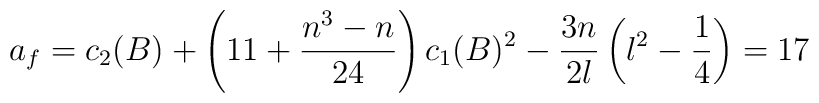
a_f = c_2(B) + \left(11 + \frac{n^3-n}{24}\right) c_1(B)^2         - \frac{3n}{2\l}\left(\l^2-\frac{1}{4}\right) = 17